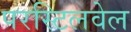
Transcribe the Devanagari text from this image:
परस्टिलवेल